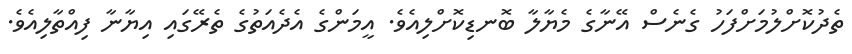
ތެދުކޮށްލުމަށްފަހު ގެނެސް އޭނާގެ މެޔާލާ ބޮނޑިކޮށްލިއެވެ. އީމަންގެ އެދެއަތުގެ ތެރޭގައި އިޔާނާ ފިއްތާލިއެވެ.